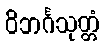
ဝိဘင်္ဂသုတ္တံ